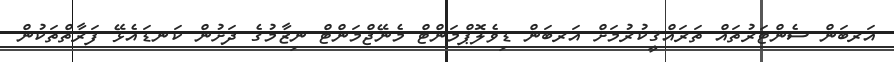
އަރބަން ސެންޓަރުތައް ތަރައްޤީކުރުމަށް އަރބަން ޑިވެލޮޕްމަންޓް މެނޭޖްމަންޓް ނިޒާމުގެ ދަށުން ކަނޑައެޅޭ ފަރާތްތަކުން